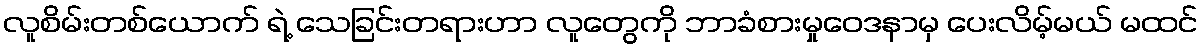
လူစိမ်းတစ်ယောက် ရဲ့ သေခြင်းတရားဟာ လူတွေကို ဘာခံစားမှုဝေဒနာမှ ပေးလိမ့်မယ် မထင်